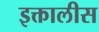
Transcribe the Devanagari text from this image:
इक्तालीस